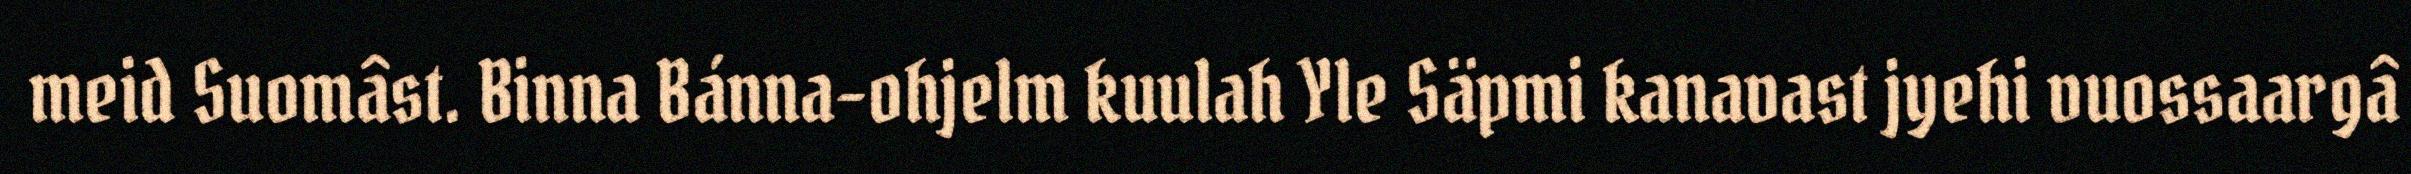
meid Suomâst. Binna Bánna-ohjelm kuulah Yle Säpmi kanavast jyehi vuossaargâ